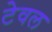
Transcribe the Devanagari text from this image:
टेवल